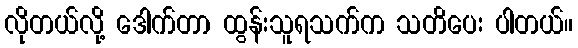
လိုတယ်လို့ ဒေါက်တာ ထွန်းသူရသက်က သတိပေး ပါတယ်။